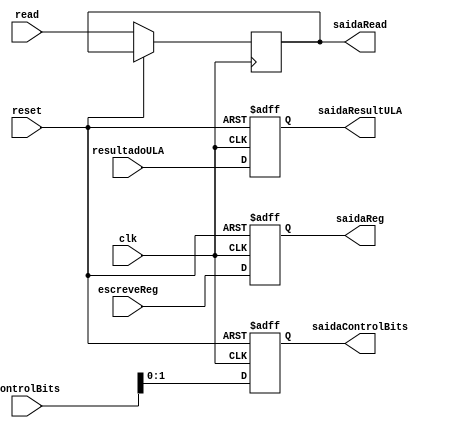
module MEM_WB(clk, reset, controlBits, read, resultadoULA, escreveReg, saidaControlBits, saidaRead, saidaResultULA, saidaReg);

	input clk, reset;
	input [4:0] controlBits;
	input [31:0] read, resultadoULA;
	input [4:0] escreveReg;
	output reg [31:0] saidaRead;
	output reg [31:0] saidaResultULA;
	output reg [1:0] saidaControlBits;
	output reg [4:0 ]saidaReg;

	always @(posedge clk or posedge reset)begin
		if(reset) begin
			saidaResultULA <= 0;
			saidaControlBits <= 0;
			saidaReg <= 0;
		end
		else begin
			saidaResultULA <= resultadoULA;
			saidaControlBits <= controlBits;
			saidaReg <= escreveReg;
			saidaRead <= read;
		end
	end
	
endmodule